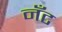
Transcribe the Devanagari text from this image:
नँँट